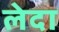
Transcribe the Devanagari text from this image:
लेदा